Scottish Leaving Certificate Examination, 1951
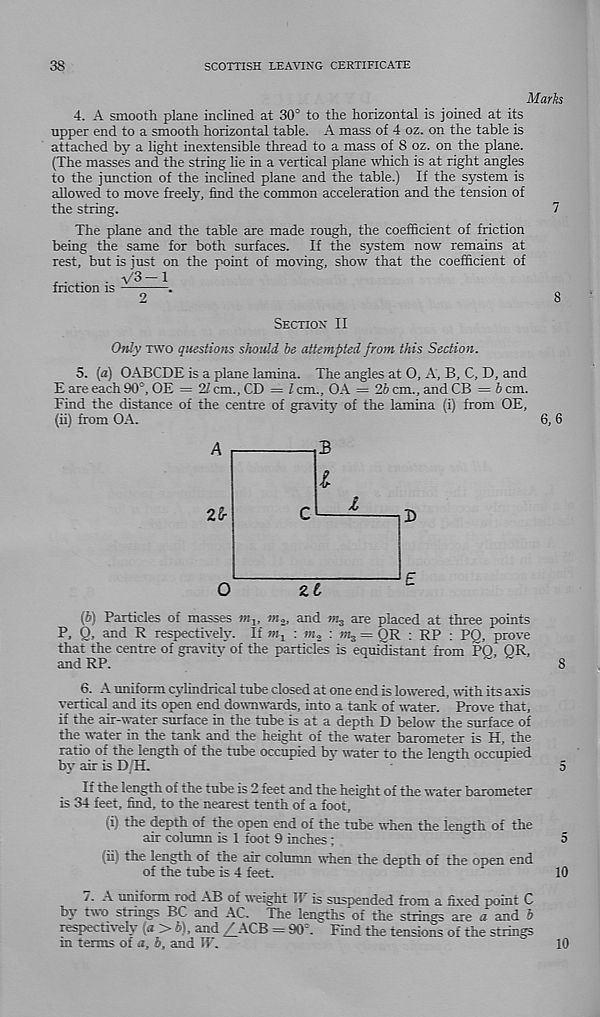
38
SCOTTISH LEAVING CERTIFICATE
Marks
4. A smooth plane inclined at 30° to the horizontal is joined at its
upper end to a smooth horizontal table. A mass of 4 oz. on the table is
attached by a light inextensible thread to a mass of 8 oz. on the plane.
(The masses and the string lie in a vertical plane which is at right angles
to the junction of the inclined plane and the table.) If the system is
allowed to move freely, find the common acceleration and the tension of
the string.
7
The plane and the table are made rough, the coefficient of friction
being the same for both surfaces. If the system now remains at
rest, but is just on the point of moving, show that the coefficient of
- V 3 -l
friction is —-—.
Section II
Only two questions should be attempted from this Section.
5. (a) OABCDE is a plane lamina. The angles at O, A, B, C, D, and
E are each 90®, OE = 21 cm., CD = l cm., OA = 2b cm., and CB = b cm.
Find the distance of the centre of gravity of the lamina (i) from OE,
(ii) from OA.
6, 6
(ff) Particles of masses »%, mj and m 3 are placed at three points
P, Q, and R respectively. If
: m 2 : m 3 = QR ; RP ; PO, prove
that the centre of gravity of the particles is equidistant from PO QR,
and RP.
'
8
6. A uniform cylindrical tube closed at one end is lowered, with its axis
vertical and its open end downwards, into a tank of water. Prove that,
if the air-water surface in the tube is at a depth D below the surface of
the water in. the tank and the height of the water barometer is H, the
ratio of the length of the tube occupied by water to the length occupied
by air is D H.
-
„
5
If the length of the tube is 2 feet and the height of the water barometer
is 34 feet, find, to the nearest tenth of a foot,
(i) the depth of the open end of the tube when the length of the
air column is 1 foot 9 inches;
''
5
(ii)
) the length of the air column when th
of the tube is 4 feet.
10
7. A uniform rod Ar> of weight 1? is suspended from a fixed point C
by two strings BC and AC. The lengths of the strings are. a and b
respectively (a > f»!, and / ACB = 90°. Find the tensions of the strings
in terms of a. b, and IF.
10